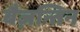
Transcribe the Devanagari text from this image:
बैज़न्तिन